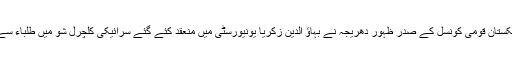
ان خیالات کا اظہار سرائیکستان قومی کونسل کے صدر ظہور دھریجہ نے بہاؤ الدین زکریا یونیورسٹی میں منعقد کئے گئے سرائیکی کلچرل شو میں طلباء سے گفتگو کرتے ہوئے کیا ۔